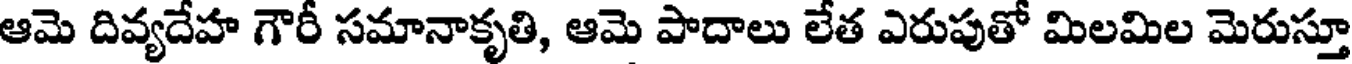
ఆమె దివ్యదేహ గౌరీ సమానాకృతి, ఆమె పాదాలు లేత ఎరుపుతో మిలమిల మెరుస్తూ